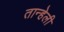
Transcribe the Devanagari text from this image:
तान्हेली